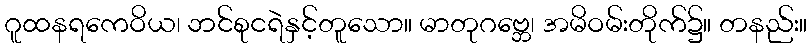
ဂူထနရကေဝိယ၊ ဘင်စုငရဲနှင့်တူသော။ မာတုဂဗ္ဘေ၊ အမိဝမ်းတိုက်၌။ တနည်း။